Note on the mental hospitals in Burma - 1925-1940
Year: 1925
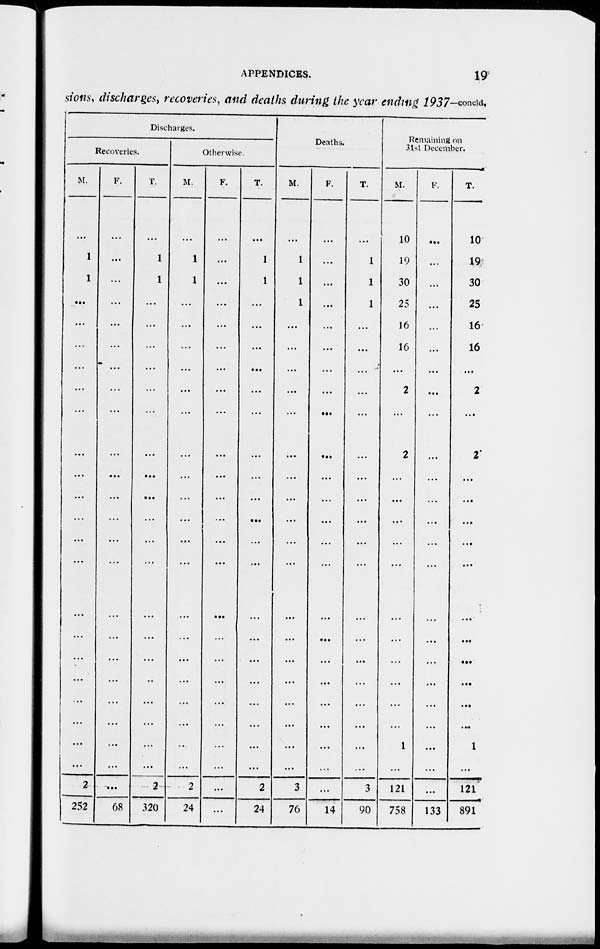
APPENDICES.
19
sions, discharges, recoveries, and deaths during the year ending 1937—concld.
Discharges.
Recoveries.
M.
...
1
1
...
...
...
...
...
...
...
...
...
...
...
...
...
...
...
...
...
...
...
...
2
252
F.
...
...
...
...
...
...
...
...
...
...
...
...
...
...
...
...
...
...
...
...
...
...
...
...
68
T.
...
1
1
...
...
...
...
...
...
...
...
...
...
...
...
...
...
...
...
...
...
...
...
2
320
Otherwise.
M.
...
1
1
...
...
...
...
...
...
...
...
...
...
...
...
...
...
...
...
...
...
...
...
2
24
F.
...
...
...
...
...
...
...
...
...
...
...
...
...
...
...
...
...
...
...
...
...
...
...
...
...
T.
...
1
1
...
...
...
...
...
...
...
...
...
...
...
...
...
...
...
...
...
...
...
...
2
24
Deaths.
M.
...
1
1
1
...
...
...
...
...
...
...
...
...
...
...
...
...
...
...
...
...
...
...
3
76
F.
...
...
...
...
...
...
...
...
...
...
...
...
...
...
...
...
...
...
...
...
...
...
...
...
14
T.
...
1
1
1
...
...
...
...
...
...
...
...
...
...
...
...
...
...
...
...
...
...
...
3
90
Remaining on
31st December.
M.
10
19
30
25
16
16
...
2
...
2
...
...
...
...
...
...
...
...
...
...
...
1
...
121
758
F.
...
...
...
...
...
...
...
...
...
...
...
...
...
...
...
...
...
...
...
...
...
...
...
...
133
T.
10
19
30
25
16
16
...
2
...
2
...
...
...
...
...
...
...
...
...
...
...
1
...
121
891